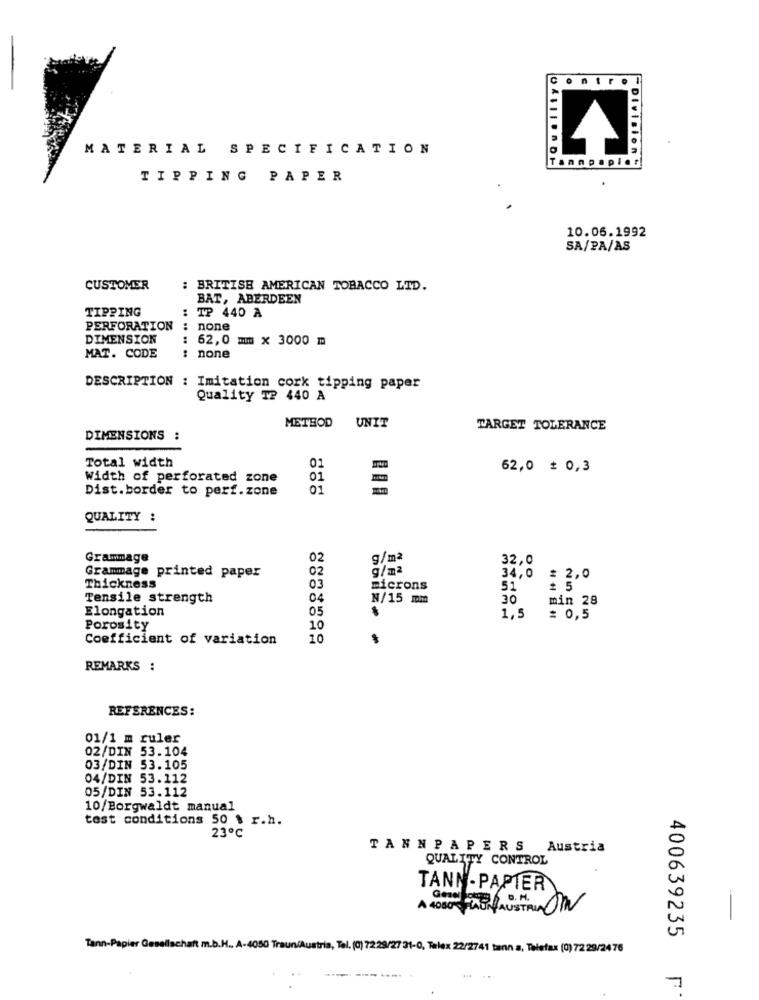
MATERIAL SPECIFICATION
Tannpapier
Division:
TIPPING PAPER
10.06.1992
SA/PA/AS
CUSTOMER
: BRITISH AMERICAN TOBACCO LID.
BAT, ABERDEEN
TIPPING
: IP 440 A
PERFORATION : none
DIMENSION
: 62,0 mm x 3000 m
MAT. CODE
: none
DESCRIPTION : Imitation cork tipping paper
Quality T? 440 A
METHOD
UNIT
TARGET TOLERANCE
DIMENSIONS :
Total width
01
62,0 # 0,3
Width of perforated zone
oi
Dist.border to perf. zone
01
QUALITY :
Grammage
02
g/m2
32,0
Grammage printed paper
02
g/mª
34,0
= 2,0
Thickness
03
microns
51
# 5
Tensile strength
04
N/15 mm
30
min 28
Elongation
05
1,5
= 0,5
Porosity
10
Coefficient of variation
10
REMARKS :
REFERENCES:
01/1 m ruler
02/DIN 53.104
03/DIN 53.105
04/DIN 53.112
05/DIN 53.112
10/Borgwaldt manual
test conditions 50 $ r.h.
23℃
TANNPAPERS Austria
QUALITY CONTROL
TANN-PAPIER
D.H.
GOOD LASH AUSTRIA UN
400639235
Tann-Papier Gesellschaft m.b.H ., A-4050 Traun/Austria, Tel. (0) 72:29/27 31-0, Talex 22/2741 tann a, Telefax (0) 72 29/24 76
..
7